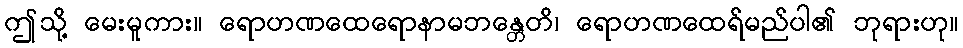
ဤသို့ မေးမူကား။ ရောဟဏထေရောနာမဘန္တေတိ၊ ရောဟဏထေရ်မည်ပါ၏ ဘုရားဟု။